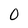
Character: 0